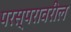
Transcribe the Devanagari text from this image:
परस्परावरील